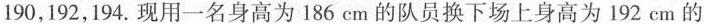
190，192，194. 现用一名身高为186 cm 的队员换下场上身高为192 cm 的